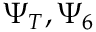
\Psi _ { T } , \Psi _ { 6 }